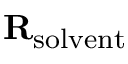
\mathbf { R } _ { \mathrm { s o l v e n t } }